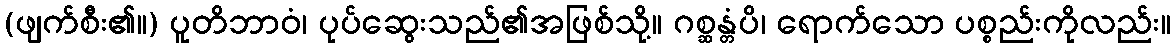
(ဖျက်စီး၏။) ပူတိဘာဝံ၊ ပုပ်ဆွေးသည်၏အဖြစ်သို့။ ဂစ္ဆန္တံပိ၊ ရောက်သော ပစ္စည်းကိုလည်း။